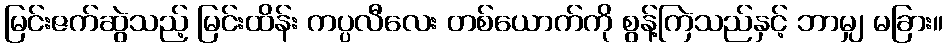
မြင်းဇက်ဆွဲသည့် မြင်းထိန်း ကပ္ပလီလေး တစ်ယောက်ကို စွန့်ကြဲသည်နှင့် ဘာမျှ မခြား။